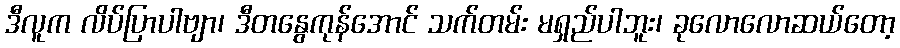
ဒီလူက လိပ်ပြာပါဗျာ၊ ဒီတနွေကုန်အောင် သက်တမ်း မရှည်ပါဘူး၊ ခုလောလောဆယ်တော့